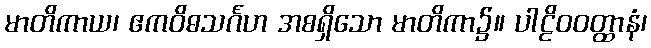
မာတိကာယ၊ ဧကဝိဓသင်္ဂဟ အစရှိသော မာတိကာ၌။ ပါဠိဝဝတ္ထာနံ၊